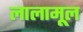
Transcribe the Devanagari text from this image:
लालामूल